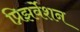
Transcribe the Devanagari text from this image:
प्रिझर्वेशन